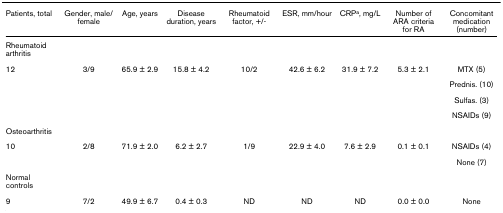
<table><thead><tr><td><b>Patients, total</b></td><td><b>Gender, male/female</b></td><td><b>Age, years</b></td><td><b>Disease duration, years</b></td><td><b>Rheumatoid factor, +/-</b></td><td><b>ESR, mm/hour</b></td><td><b>CRP<sup>a</sup>, mg/L</b></td><td><b>Number of ARA criteria for RA</b></td><td><b>Concomitant medication (number)</b></td></tr></thead><tbody><tr><td>Rheumatoid arthritis</td><td></td><td></td><td></td><td></td><td></td><td></td><td></td><td></td></tr><tr><td>12</td><td>3/9</td><td>65.9 ± 2.9</td><td>15.8 ± 4.2</td><td>10/2</td><td>42.6 ± 6.2</td><td>31.9 ± 7.2</td><td>5.3 ± 2.1</td><td>MTX (5)</td></tr><tr><td></td><td></td><td></td><td></td><td></td><td></td><td></td><td></td><td>Prednis. (10)</td></tr><tr><td></td><td></td><td></td><td></td><td></td><td></td><td></td><td></td><td>Sulfas. (3)</td></tr><tr><td></td><td></td><td></td><td></td><td></td><td></td><td></td><td></td><td>NSAIDs (9)</td></tr><tr><td>Osteoarthritis</td><td></td><td></td><td></td><td></td><td></td><td></td><td></td><td></td></tr><tr><td>10</td><td>2/8</td><td>71.9 ± 2.0</td><td>6.2 ± 2.7</td><td>1/9</td><td>22.9 ± 4.0</td><td>7.6 ± 2.9</td><td>0.1 ± 0.1</td><td>NSAIDs (4)</td></tr><tr><td></td><td></td><td></td><td></td><td></td><td></td><td></td><td></td><td>None (7)</td></tr><tr><td>Normal controls</td><td></td><td></td><td></td><td></td><td></td><td></td><td></td><td></td></tr><tr><td>9</td><td>7/2</td><td>49.9 ± 6.7</td><td>0.4 ± 0.3</td><td>ND</td><td>ND</td><td>ND</td><td>0.0 ± 0.0</td><td>None</td></tr></tbody></table>